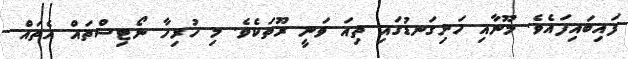
ފައިބައިފައެވެ. މޫނާއި ހަށިގަނޑުގައި ތިއަ ވަނީ ރޫތަކެވެ. މި ހުރިހާ ނޯޓިސްތައް އެތައް